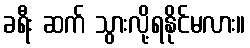
ခရီး ဆက် သွားလို့ရနိုင်မလား။